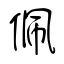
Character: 佩